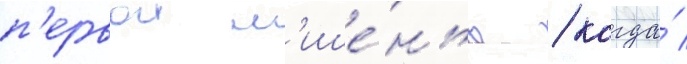
п'ервои м'ише́нью / когда́